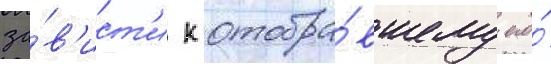
за́в'ист'и к отобра́вшему его́